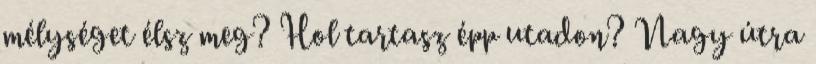
mélységet élsz meg? Hol tartasz épp utadon? Nagy útra